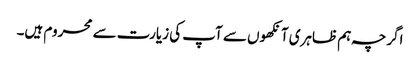
اگرچہ ہم ظاہری آنکھوں سے آپ کی زیارت سے محروم ہیں۔